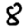
Digit: 8